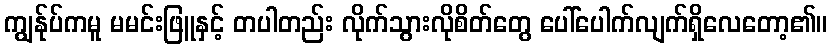
ကျွန်ုပ်ကမူ မမင်းဖြူနှင့် တပါတည်း လိုက်သွားလိုစိတ်တွေ ပေါ်ပေါက်လျက်ရှိလေတော့၏။